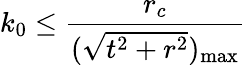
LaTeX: k_{0}\leq\frac{r_{c}}{(\sqrt{t^{2}+r^{2}})_{\mathrm{max}}}